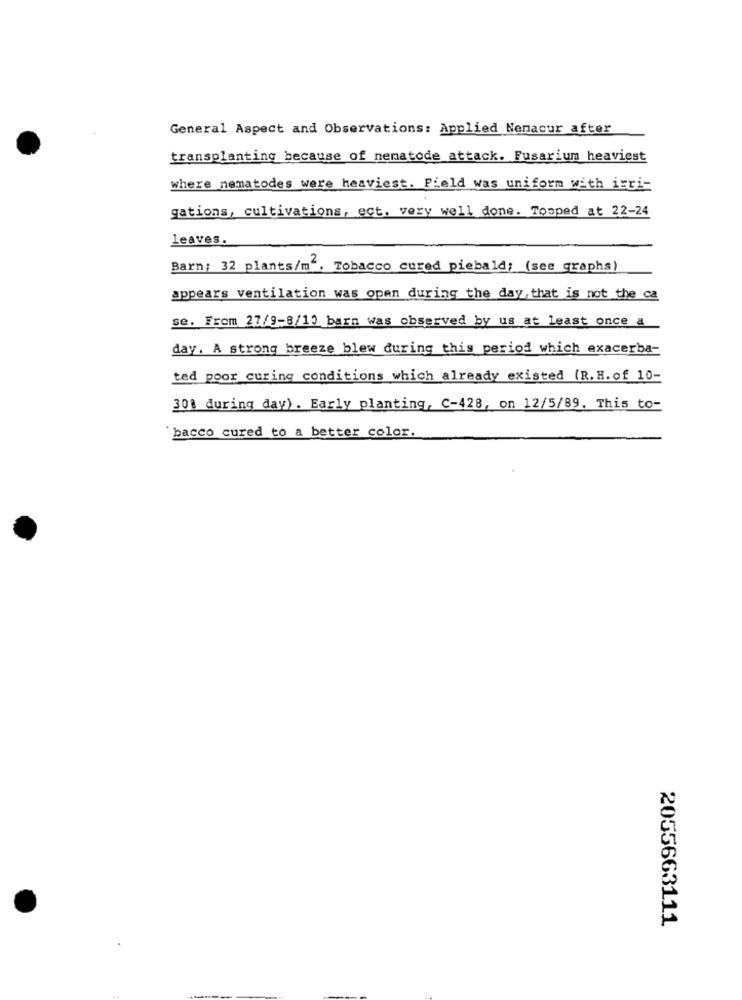
General Aspect and Observations: Applied Nenacur after
transplanting because of nematode attack. Fusarium heaviest
where nematodes were heaviest. Field was uniform with igri-
gations, cultivations, ect. very well done. Topped at 22-24
leaves.
Barn: 32 plants/m2. Tobacco cured piebald; (see graphs)
appears ventilation was open during the day that is not the ca
se. From 27/9-8/10 barn was observed by us at least once a
day. A strong breeze blew during this period which exacerba-
ted poor curing conditions which already existed (R.H. of 10-
30% during day). Early planting, C-428, on 12/5/89. This to-
bacco cured to a better color.
2055663111